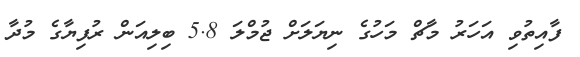
ފާއިތުވި އަހަރު މާޗް މަހުގެ ނިޔަލަށް ޖުމްލަ 5.8 ބިލިއަން ރުފިޔާގެ މުދާ